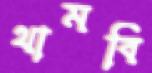
থামবি